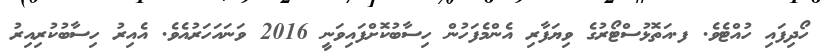
ހޯދިފައި ހުއްޓެވެ. ފ.އަތޮޅުސްޓޯރުގެ ވިޔަފާރި އެންމެފަހުން ހިސާބުކޮށްފައިވަނީ 2016 ވަނައަހަރުއެވެ. އެއިރު ހިސާބުކުރިއިރު